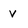
Character: v